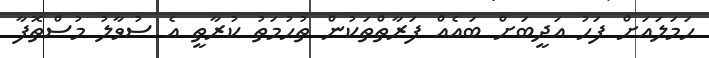
ހަމަލައަށް ފަހު އަދީބަށް ބައެއް ފަރާތްތަކުން ތުހުމަތު ކުރާތީ އެ ސުވާލު މުސްތޮފާ